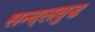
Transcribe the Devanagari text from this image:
सन्दलवुड